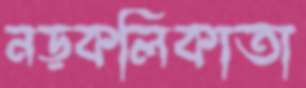
নড়কলিকাতা